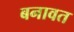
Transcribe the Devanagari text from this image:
बनावत